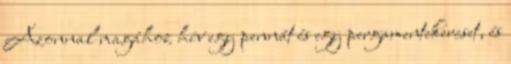
Azonnal magához hív egy pennát és egy pergamentekercset, és